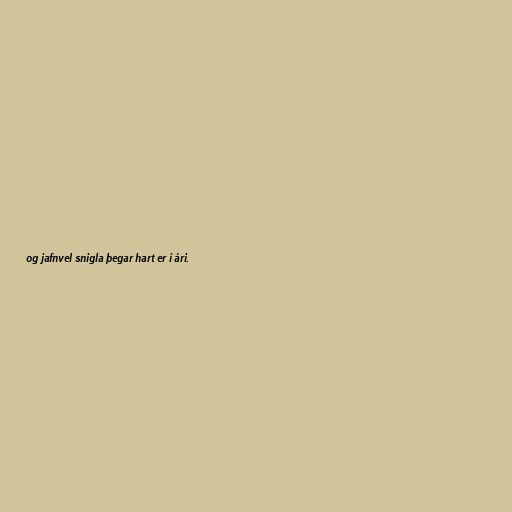
og jafnvel snigla þegar hart er í ári.